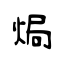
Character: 焗